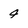
Character: 4